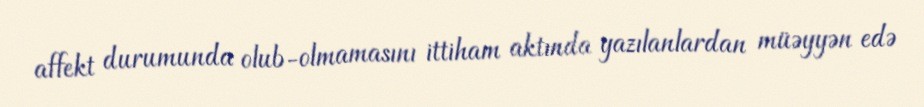
affekt durumunda olub-olmamasını ittiham aktında yazılanlardan müəyyən edə